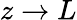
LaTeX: z\rightarrow L